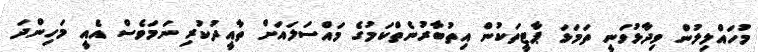
މުހައްލިލުން ވިދާޅުވަނީ ތަމަޅަ ޕާޓީތަކުން އިތުބާރުނެތްކަމުގެ މައްސަލައަށް ތާއީދުކުރި ނަމަވެސް އެއީ މަހިންދަ